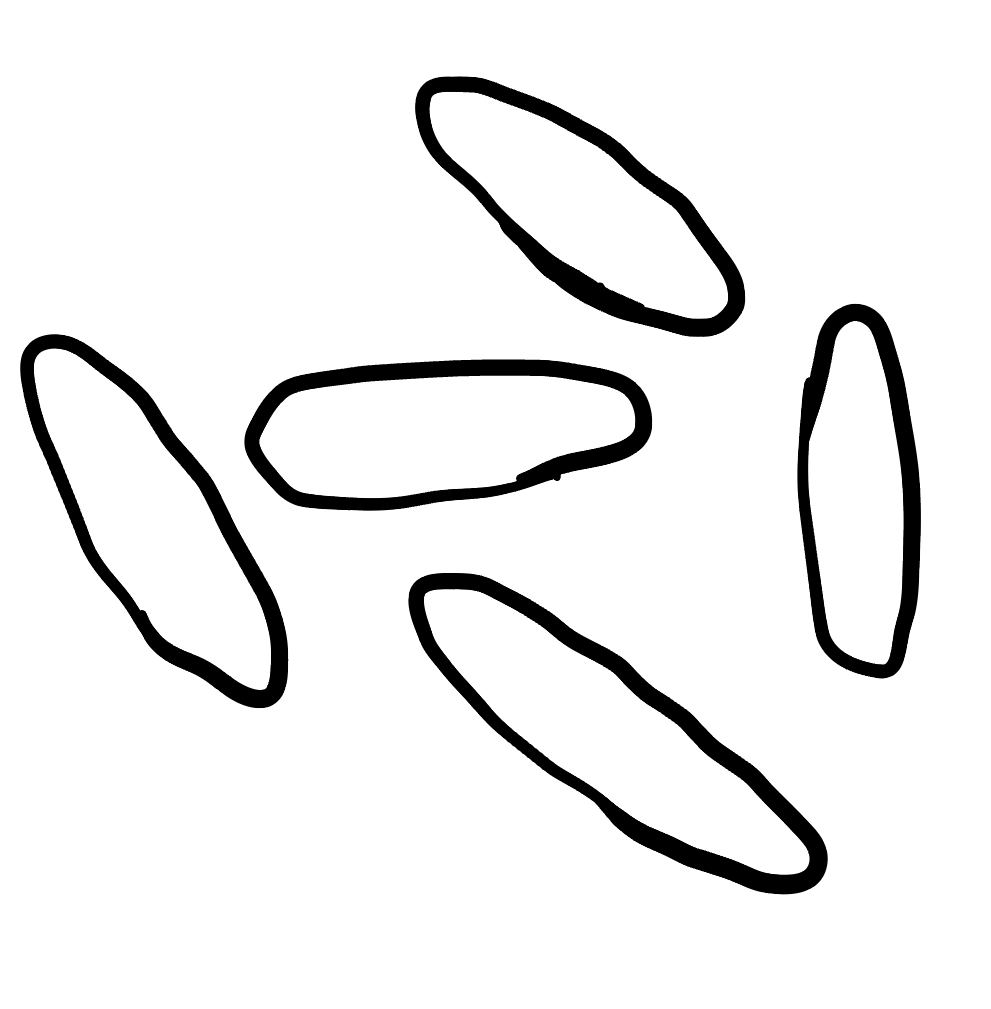
Number of regions (including the outer root region): 6
Containment tree edges (parent, child): 0, 1, 0, 2, 0, 3, 0, 4, 0, 5